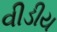
વીડીય